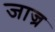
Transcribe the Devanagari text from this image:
जाज्र